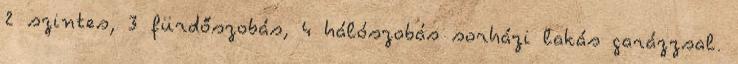
2 szintes, 3 fürdőszobás, 4 hálószobás sorházi lakás garázzsal.